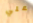
علي